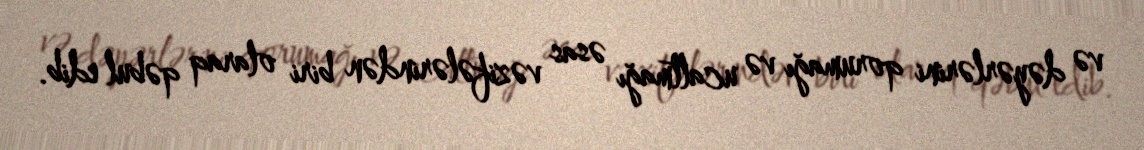
və dəyərlərini qorumağı və ucaltmağı əsas vəzifələrindən biri olaraq qəbul edib.